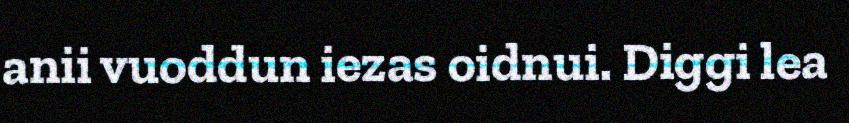
anii vuoddun iezas oidnui. Diggi lea